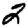
Digit: 2